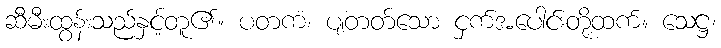
ဆီမီးထွန်းသည်နှင့်တူ၏။ ပတကံ၊ ပျံတတ်သော ငှက်အပေါင်းတို့ထက်။ သေဋ္ဌ၊